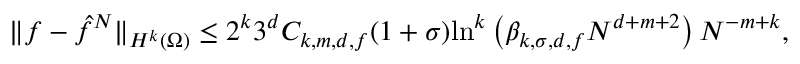
\| f - \hat { f } ^ { N } \| _ { H ^ { k } ( \Omega ) } \leq 2 ^ { k } 3 ^ { d } C _ { k , m , d , f } ( 1 + \sigma ) \mathrm { l n } ^ { k } \left( \beta _ { k , \sigma , d , f } N ^ { d + m + 2 } \right) N ^ { - m + k } ,